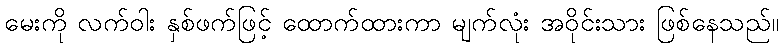
မေးကို လက်ဝါး နှစ်ဖက်ဖြင့် ထောက်ထားကာ မျက်လုံး အဝိုင်းသား ဖြစ်နေသည်။